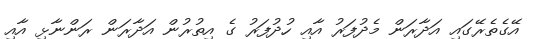
އޭގެތެރޭގައި އަދާރަން މެދުފަރު އާއި ހުދުފަރު ގެ އިތުރުން އަދާރަން ރަންނާޅި އާއި